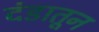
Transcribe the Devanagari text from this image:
दंडातून